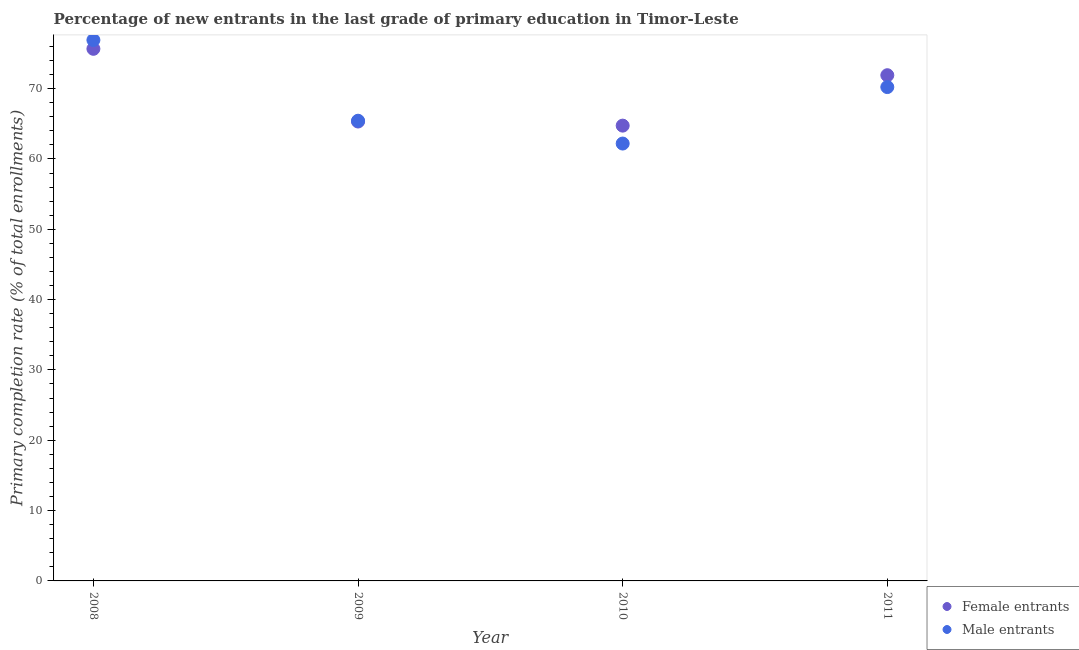
| Year | Female entrants | Male entrants |
 | --- | --- | --- |
 | 2008 | 75.7 | 76.9 |
 | 2009 | 65.3 | 65.4 |
 | 2010 | 64.7 | 62.2 |
 | 2011 | 71.9 | 70.2 |